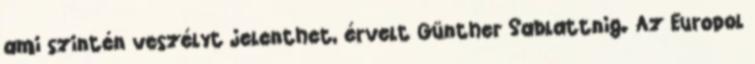
ami szintén veszélyt jelenthet, érvelt Günther Sablattnig. Az Europol